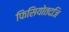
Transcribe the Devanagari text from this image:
फिसियोतदजि